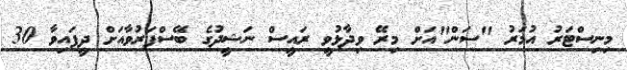
މިނިސްޓަރު އުމަރު "ސަން"އަށް މިރޭ ވިދާޅުވީ ރައީސް ނަޝީދުގެ ބޭސްފަރުވާއަށް ދީފައިވާ 30